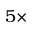
5 \times